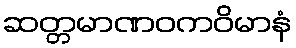
ဆတ္တမာဏဝကဝိမာနံ